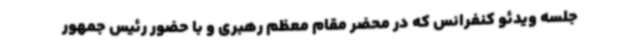
جلسه ویدئو کنفرانس که در محضر مقام معظم رهبری و با حضور رئیس جمهور